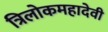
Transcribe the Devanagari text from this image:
त्रिलोकमहादेवी